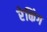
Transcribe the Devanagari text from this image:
रेकिंग